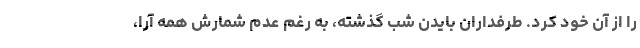
را از آن خود کرد. طرفداران بایدن شب گذشته، به رغم عدم شمارش همه آرا،